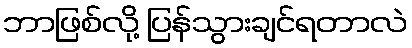
ဘာဖြစ်လို့ ပြန်သွားချင်ရတာလဲ